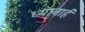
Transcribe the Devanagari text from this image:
ध्यानार्ह